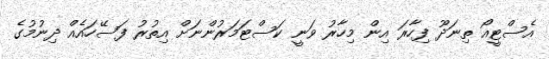
އެސްޓީއޯ ތިނަދޫ ފިހާރަ އިން މިހާރު ވަނީ ކަސްޓަމަރުންނަށް އިތުރު ފަސޭހައެއް ދިނުމުގެ